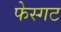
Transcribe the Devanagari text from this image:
फेस्गट